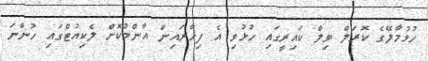
ހުޅުމާލޭގެ ކޮރަލް ވިލް ކައިރީގައި ހުޅުވި އެ ފިހާރައިން އާންމުކޮށް ލެކިއުޓްގައި ހުންނަ